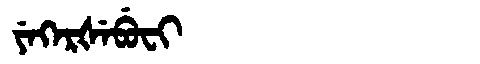
Manchu: ᠶᡝᡴᡝᡵᡧᡝᠪᡠᠸᡳ
Romanization: YEKERŠEBUFI